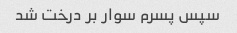
سپس پسرم سوار بر درخت شد